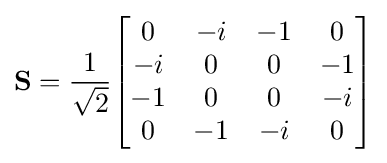
\mathbf {S} ={\frac {1}{\sqrt {2}}}{\begin{bmatrix}0&-i&-1&0\\-i&0&0&-1\\-1&0&0&-i\\0&-1&-i&0\end{bmatrix}}